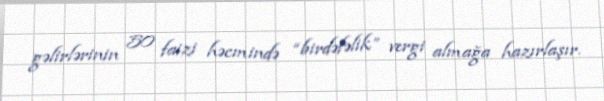
gəlirlərinin 50 faizi həcmində “birdəfəlik” vergi almağa hazırlaşır.